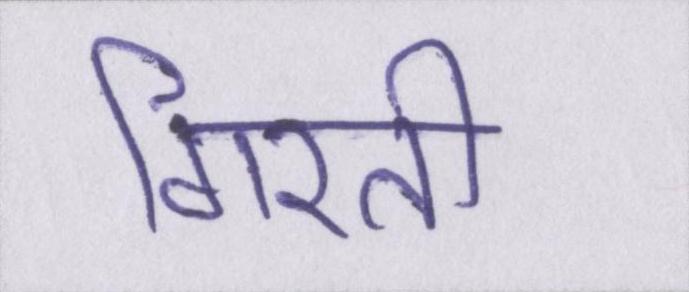
गिरती